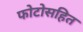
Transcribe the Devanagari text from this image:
फोटोसहित